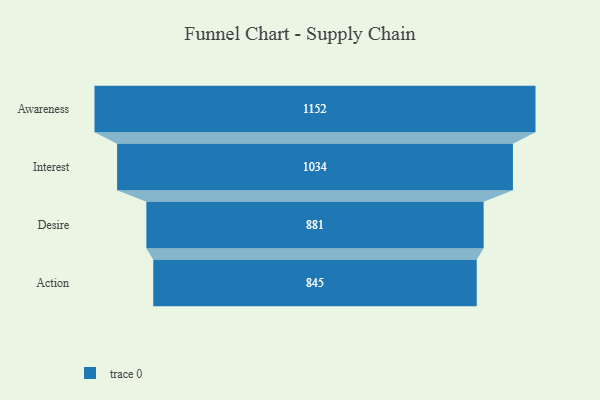
{"axis": {"x": "Stage", "y": "Value"}, "legend": [""], "data": [{"x": "Awareness", "y": 1152.0, "type": ""}, {"x": "Interest", "y": 1034.0, "type": ""}, {"x": "Desire", "y": 881.0, "type": ""}, {"x": "Action", "y": 845.0, "type": ""}]}